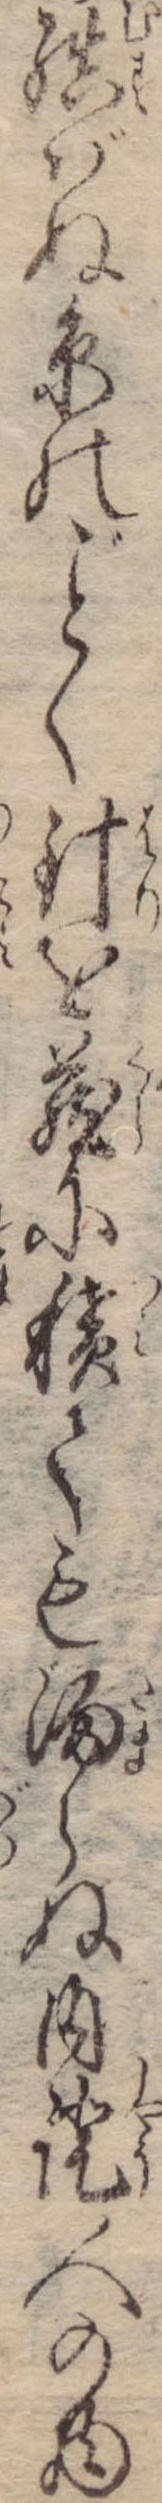
結ばぬ糸のく針を蔵に積ても溜らぬ内証人の物